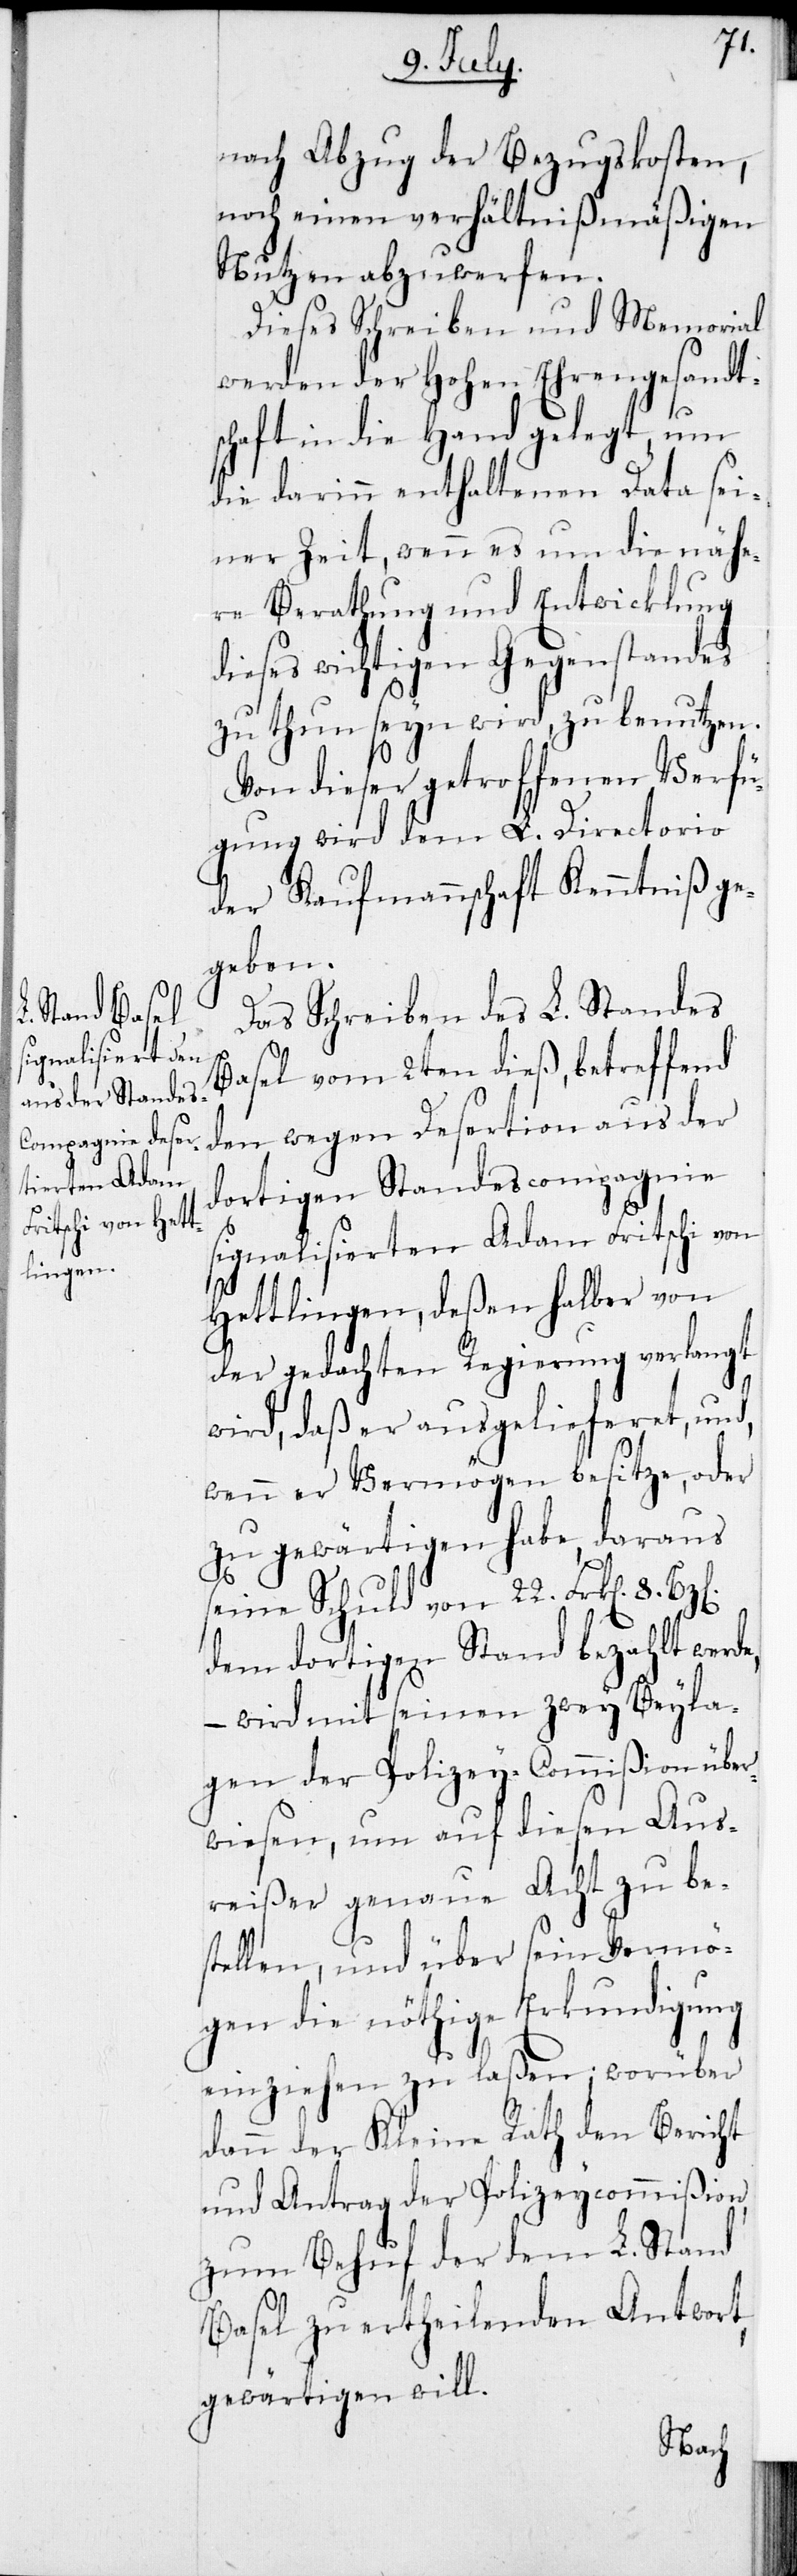
nach Abzug der Bezugskosten,
noch einen verhältnißmäßigen
Nutzen abzuwerfen.
Dieses Schreiben und Memorial
werden der Hohen Ehrengesandt¬
schaft in die Hand gelegt, um
die darinn enthaltenen Data sei¬
ner Zeit, wenn es um die nähe¬
re Berathung und Entwicklung
dieses wichtigen Gegenstandes
zu thun seyn wird, zu benutzen.
Von dieser getroffenen Verfü¬
gung wird dem L. Directorio
der Kaufmannschaft Kenntniß ge¬
geben.
Das Schreiben des L. Standes
Basel vom 2ten dieß, betreffend
den wegen Desertion aus der
dortigen Standescompagnie
signalisierten Adam Fritschi von
Hettlingen, deßen halber von
der gedachten Regierung verlangt
wird, daß er ausgelieferet, und,
wenn er Vermögen besitze, oder
zu gewärtigen habe, daraus
seine Schuld von 22. Frk[en].
8.
dem dortigen Stand bezahlt werde,
– wird mit seinen zwey Beyla¬
gen der Polizey-Commißion über¬
wiesen, um auf diesen Aus¬
reißer genaue Acht zu bes¬
tellen, und über sein Vermö¬
gen die nöthige Erkundigung
einziehen zu laßen; worüber
dann der Kleine Rath den Bericht
und Antrag der Polizeycommißion
zum Behuf der dem L. Stand
Basel zu ertheilenden Antwort,
gewärtigen will.